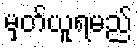
မှတ်ယူရမည်